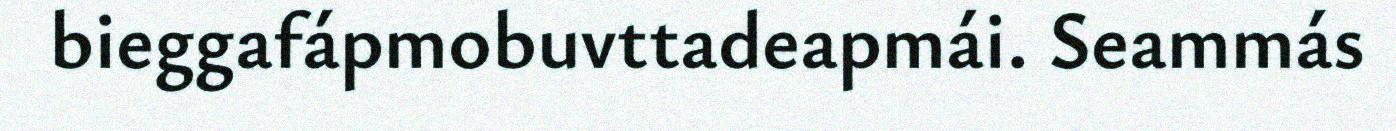
bieggafápmobuvttadeapmái. Seammás